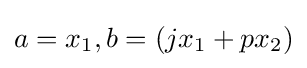
{\textstyle a=x_{1},b=(jx_{1}+px_{2})}